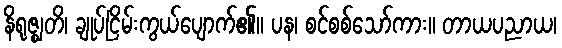
နိရုဇ္ဈတိ၊ ချုပ်ငြိမ်းကွယ်ပျောက်၏။ ပန၊ စင်စစ်သော်ကား။ တာယပညာယ၊